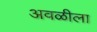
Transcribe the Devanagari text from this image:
अवळीला